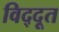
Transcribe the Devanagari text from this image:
विद्दूत